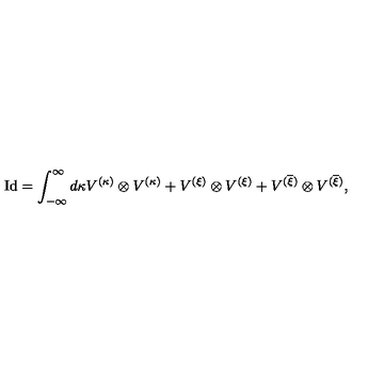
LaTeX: \mathrm { I d } = \int _ { - \infty } ^ { \infty } d \kappa V ^ { ( \kappa ) } \otimes V ^ { ( \kappa ) } + V ^ { ( \xi ) } \otimes V ^ { ( \xi ) } + V ^ { ( \overline { { \xi } } ) } \otimes V ^ { ( \overline { { \xi } } ) } ,